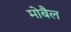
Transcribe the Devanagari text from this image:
मोबैल